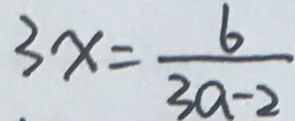
3 x = \frac { 6 } { 3 a - 2 }